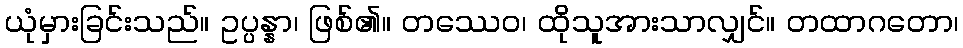
ယုံမှားခြင်းသည်။ ဥပ္ပန္နာ၊ ဖြစ်၏။ တဿေဝ၊ ထိုသူအားသာလျှင်။ တထာဂတော၊